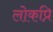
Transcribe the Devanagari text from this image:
लोकप्रि